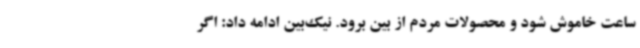
ساعت خاموش شود و محصولات مردم از بین برود. نیک‌بین ادامه داد: اگر